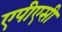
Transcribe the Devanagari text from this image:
एपीएसी